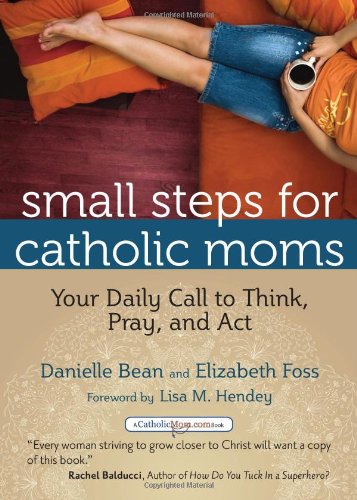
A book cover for Small Steps for Catholic Moms: Your Daily Call to Think, Pray, and Act (Catholicmom.com Book); Danielle Bean; Christian Books & Bibles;